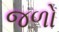
જળો